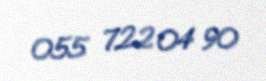
055 722 04 90